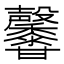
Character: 𪐕